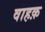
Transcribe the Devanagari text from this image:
वाहक़